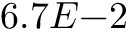
6 . 7 E { - 2 }